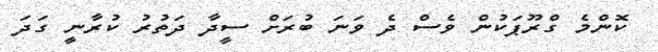
ކޮންމެ ގްރޫޕަކުން ވެސް ދެ ވަނަ ބުރަށް ސީދާ ދަތުރު ކުރާނީ ގަދަ